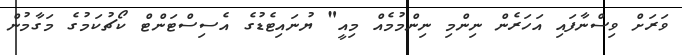
ވަރަށް ވިސްނާފައި އަހަރެން ނިންމި ނިންމުމެއް މިއީ" ޔުނައިޓެޑުގެ އެސިސްޓަންޓް ކޯޗުކަމުގެ މަގާމުން